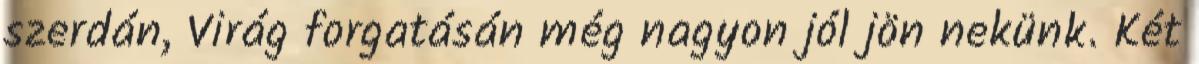
szerdán, Virág forgatásán még nagyon jól jön nekünk. Két